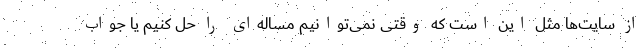
از سایت‌ها مثل این است که وقتی نمی‌توانیم مساله‌ای را حل کنیم یا جواب